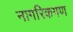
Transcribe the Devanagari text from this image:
नागरिकगण